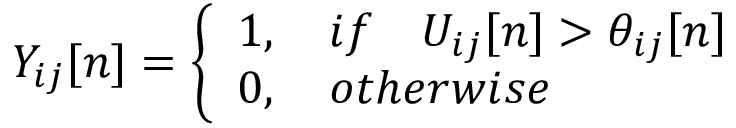
Y _ { i j } [ n ] = \left\{ \begin{array} { l } { 1 , \quad { i f } \quad U _ { i j } [ n ] > \theta _ { i j } [ n ] } \\ { 0 , \quad { o t h e r w i s e } } \end{array} \right.